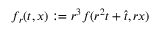
f _ { r } ( t , x ) : = r ^ { 3 } f ( r ^ { 2 } t + \hat { t } , r x )